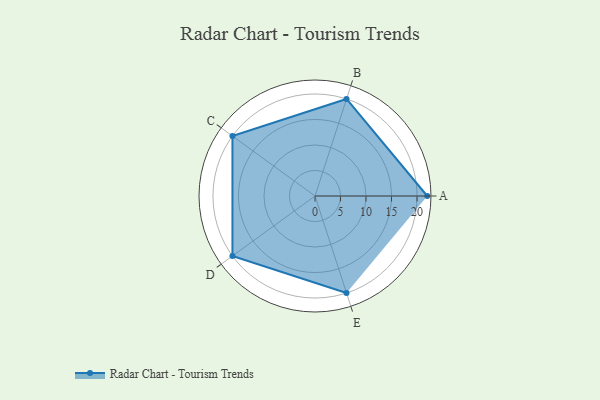
{"axis": {"x": "Skill", "y": "Score"}, "legend": ["Profile"], "data": [{"x": "A", "y": 22.0, "type": "Profile"}, {"x": "B", "y": 20, "type": "Profile"}, {"x": "C", "y": 20, "type": "Profile"}, {"x": "D", "y": 20, "type": "Profile"}, {"x": "E", "y": 20, "type": "Profile"}]}